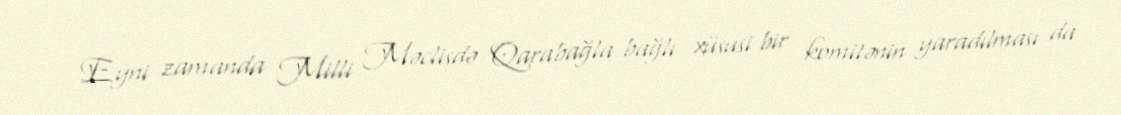
Eyni zamanda Milli Məclisdə Qarabağla bağlı xüsusi bir komitənin yaradılması da